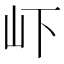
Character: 𭖄